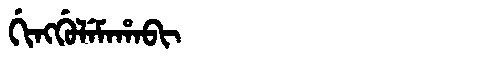
Manchu: ᡤᡳᠩᡤᡠᠯᡝᠮᠠᡥᠠᠪᡳ
Romanization: GINGGULEMAHABI